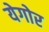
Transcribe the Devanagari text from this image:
येगोर